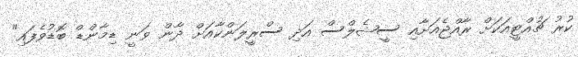
ކުރު ޗުއްޓީއަކަށް ރާއްޖެއަށާއި ސީޝެލްސް އަދި ސްރީލަންކާއަށް ދާން ވަނީ ޑިމާންޑް ބޮޑުވެފައި"